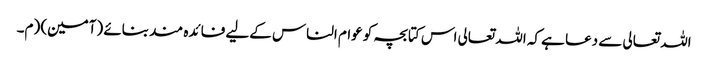
اللہ تعالی سے دعا ہے کہ اللہ تعالی اس کتابچہ کو عوام الناس کےلیے فائدہ مند بنائے (آمین) (م۔